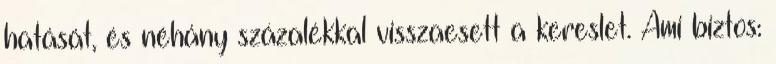
hatását, és néhány százalékkal visszaesett a kereslet. Ami biztos: